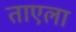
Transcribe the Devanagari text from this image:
ताएला